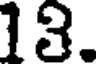
13.